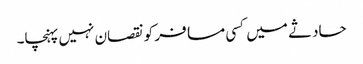
حادثے میں کسی مسافر کو نقصان نہیں پہنچا۔